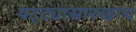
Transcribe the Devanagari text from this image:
पट्ट्यासारखाच